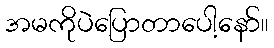
အမကိုပဲပြောတာပေါ့နော်။